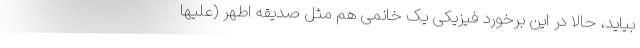
بیاید، حالا در این برخورد فیزیکی یک خانمی هم مثل صدیقه اطهر (علیها